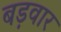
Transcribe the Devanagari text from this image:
बड़वार